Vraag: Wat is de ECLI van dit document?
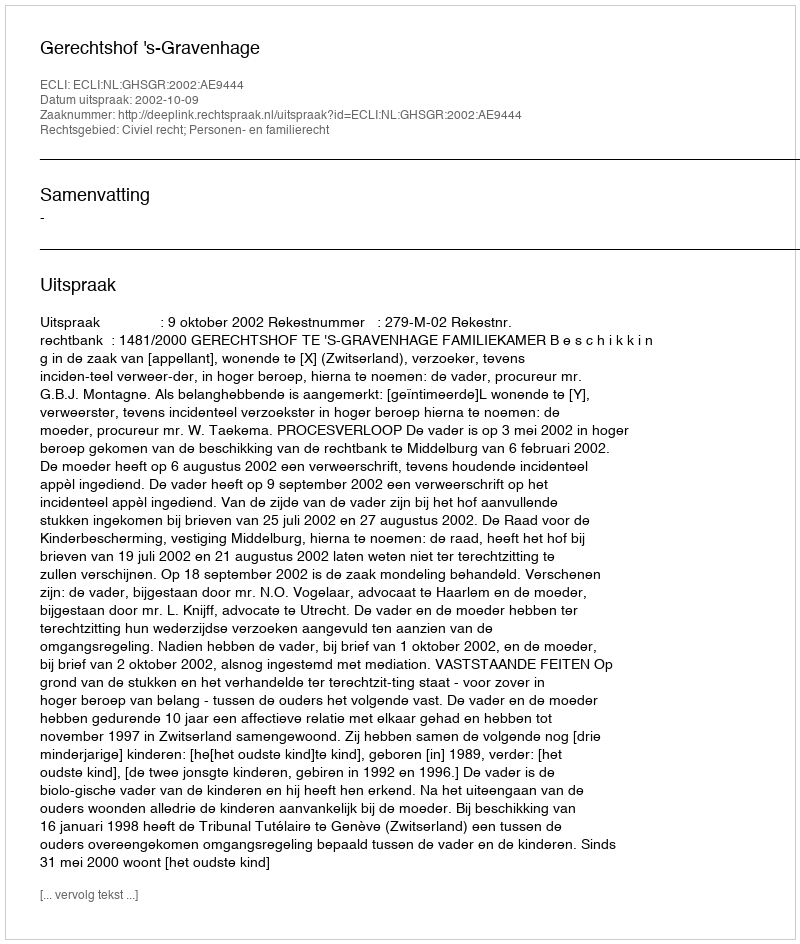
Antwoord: ECLI:NL:GHSGR:2002:AE9444